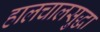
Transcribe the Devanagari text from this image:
हालचालसुद्धा